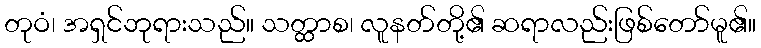
တုဝံ၊ အရှင်ဘုရားသည်။ သတ္ထာစ၊ လူနတ်တို့၏ ဆရာလည်းဖြစ်တော်မူ၏။